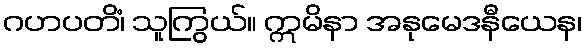
ဂဟပတိံ၊ သူကြွယ်။ ဣမိနာ အနုမေဒနီယေန၊